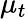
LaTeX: \mu_{t}